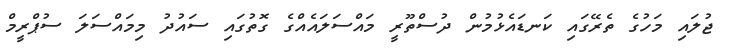
ޖުލައި މަހުގެ ތެރޭގައި ކަނޑައެޅުމުން ދުސްތޫރީ މައްސަލައެއްގެ ގޮތުގައި ސައުދު މިމައްސަލަ ސުޕްރީމް